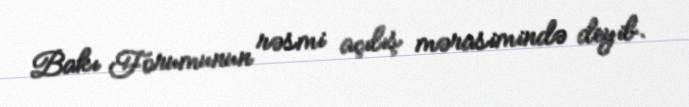
Bakı Forumunun rəsmi açılış mərasimində deyib.